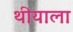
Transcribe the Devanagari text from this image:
थीयाला